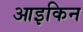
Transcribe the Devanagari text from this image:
आइकिन